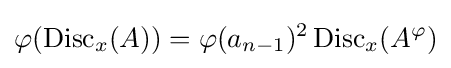
\varphi (\operatorname {Disc} _{x}(A))=\varphi (a_{n-1})^{2}\operatorname {Disc} _{x}(A^{\varphi })